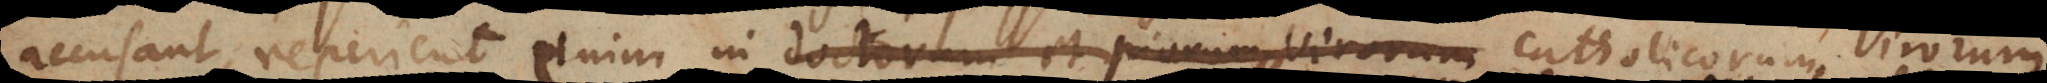
accusant; reperient enim in doctorum et piorum catholicorum virorum